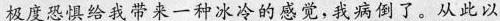
极度恐惧给我带来一种冰冷的感觉，我病倒了，从此以